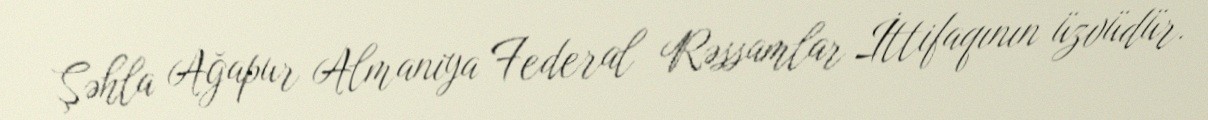
Şəhla Ağapur Almaniya Federal Rəssamlar İttifaqının üzvüdür.